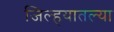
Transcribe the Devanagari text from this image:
जिल्हयातल्या